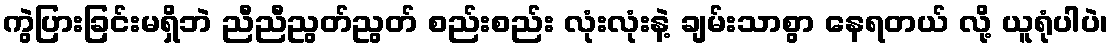
ကွဲပြားခြင်းမရှိဘဲ ညီညီညွတ်ညွတ် စည်းစည်း လုံးလုံးနဲ့ ချမ်းသာစွာ နေရတယ် လို့ ယူရုံပါပဲ၊